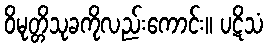
ဝိမုတ္တိသုခကိုလည်းကောင်း။ ပဋိသံ